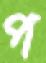
প